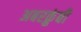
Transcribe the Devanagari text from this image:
अबरक्रुंबी